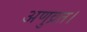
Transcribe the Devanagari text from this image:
अणुव्रत।